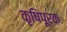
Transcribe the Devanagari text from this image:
कृषिपूरक